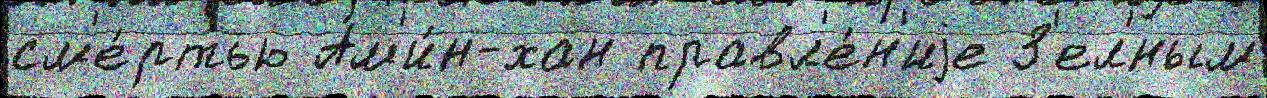
см'е́ртью Ам'и́н-хан правл'е́н'иjе З'ел'́ным